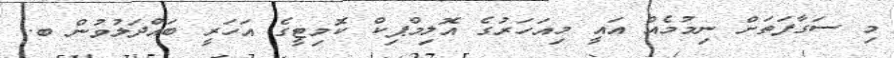
މި ސަގާފަތަށް ނިމުމެއް އައީ މިއަހަރުގެ އޮލިމްޕިކް ކޮމިޓީގެ އަހަރީ ބައްދަލުވުން ބ.